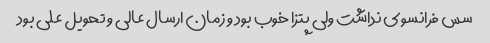
سس فرانسوی نداشت ولی پتزا خوب بود و زمان ارسال عالی و تحویل علی بود